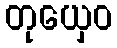
တုယှေဝ